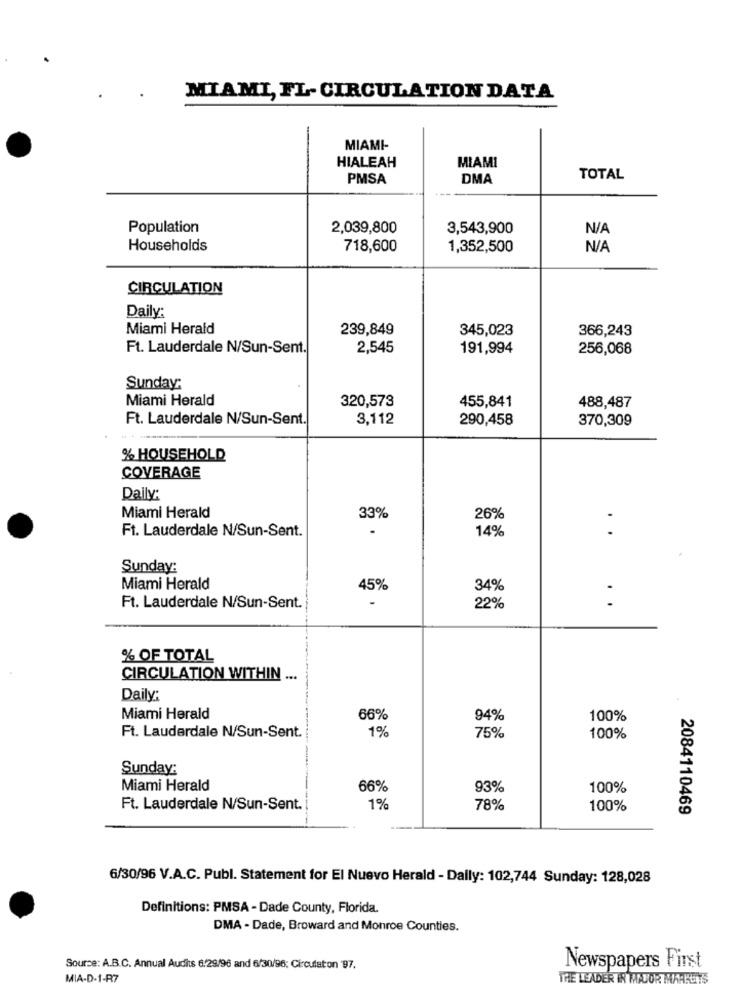
MIAMI, FL-CIRCULATION DATA
MIAMI-
HIALEAH
MIAMI
PMSA
DMA
TOTAL
Population
2,039,800
3,543,900
Households
718,600
1,352,500
CIRCULATION
Daily:
Miami Herald
239,849
345,023
366,243
Ft. Lauderdale N/Sun-Sent.
2,545
191,994
256,068
Sunday:
Miami Herald
455,841
320,573
488,487
Ft. Lauderdale N/Sun-Sent.
3,112
290,458
370,309
% HOUSEHOLD
COVERAGE
Daily:
Miami Herald
33%
26%
Ft. Lauderdale N/Sun-Sent.
14%
Sunday:
Miami Herald
45%
34%
Ft. Lauderdale N/Sun-Sent.
22%
% OF TOTAL
CIRCULATION WITHIN ...
Daily:
Miami Herald
66%
94%
100%
1%
Ft. Lauderdale N/Sun-Sent.
75%
100%
Sunday:
Miami Herald
66%
93%
100%
Ft. Lauderdale N/Sun-Sent.
1%
78%
100%
2084110469
6/30/96 V.A.C. Publ. Statement for El Nuevo Herald - Dally: 102,744 Sunday: 128,028
Definitions: PMSA - Dade County, Florida.
DMA - Dade, Broward and Monroe Counties.
Source: A.B.C. Annual Audits 6.29/96 and 6/30/96; Circulation 97.
Newspapers First
MIA-D-1-R7
THE LEADER IN MAJOR MARKETS